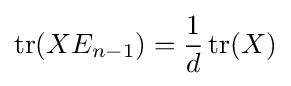
\operatorname {tr} (XE_{n-1})={\frac {1}{d}}\operatorname {tr} (X)